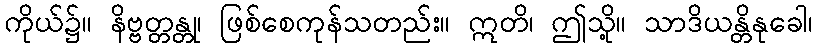
ကိုယ်၌။ နိဗ္ဗတ္တန္တု၊ ဖြစ်စေကုန်သတည်း။ ဣတိ၊ ဤသို့။ သာဒိယန္တိနုခေါ၊